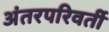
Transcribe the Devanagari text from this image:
अंतरपरिवर्ती